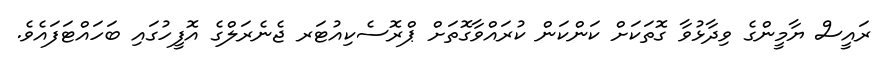
ރައީސް ޔާމީންގެ ވިދާޅުވާ ގޮތަކަށް ކަންކަން ކުރައްވާގޮތަށް ޕްރޮސެކިއުޓަރ ޖެނެރަލްގެ އޮފީހުގައި ބަހައްޓަފައެވެ.